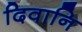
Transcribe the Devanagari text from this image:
दिवानि